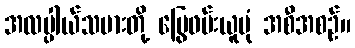
အလမ္ပါယ်သမားတို့ မြွေဖမ်းယူပုံ အစီအစဉ်။